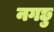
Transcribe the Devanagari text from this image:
नगछु